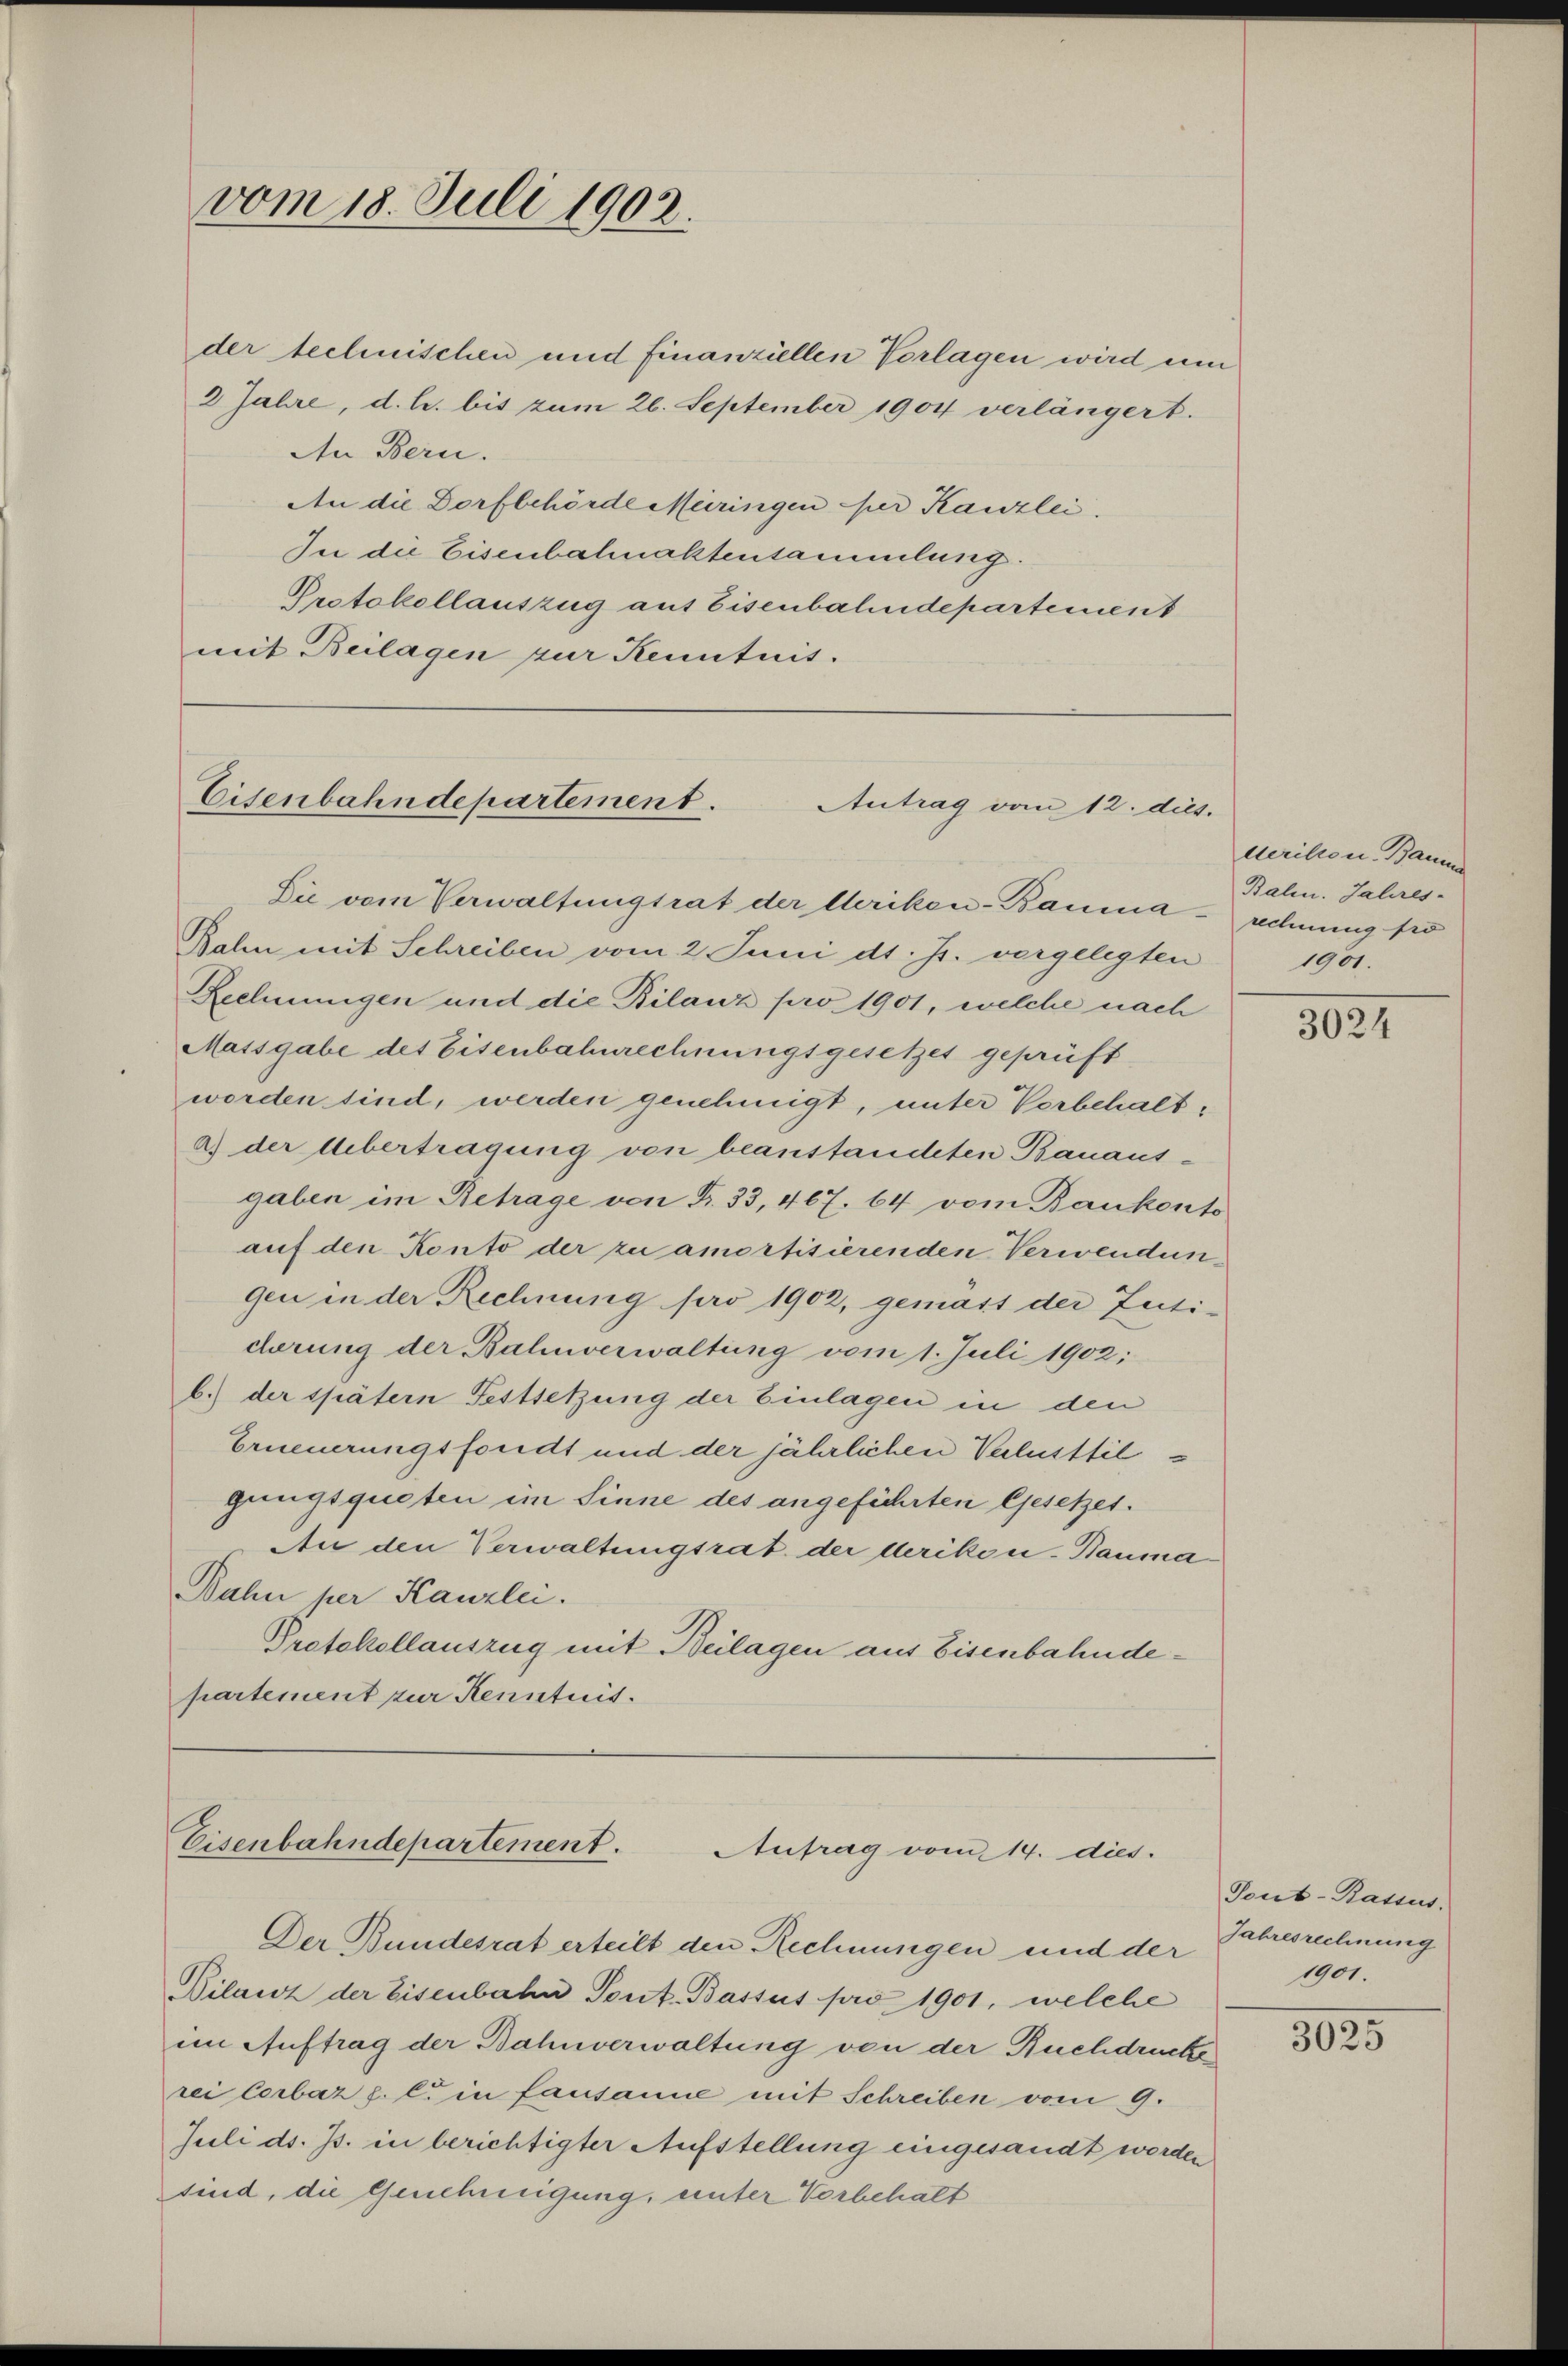
vom 18. Juli 1902.

An Bern.
An die Dorfbehörde Meiringen der Kanzlei.
In die Eisenbahnaktensammlung.
Protokollauszug aus Eisenbahndepartement
mit Beilagen zur Kenntnis.

Eisenbahndepartement.
Antrag vom 12. dies
Die vom Verwaltungsrat der leriken-Bauma¬

der technischen und finanziellen Vorlagen wird um
2 Jahre, d. h. bis zum 26. September 1904 verlängert.

Bahen mit Schreiben vom 2. Juni d. Js. vorgelegten
Rechnungen und die Bilanz pro 1901, welche nach
Massgabe des Eisenbahnrechnungsgesetzes geprüft
worden sind, werden genehmigt, unter Verbehalta) der Übertragung von beanstandeten Bauaus-
gaben im Betrage von Fr. 33, 467. 64 vom Bankonto
auf den Konto der zu amortisierenden Verwendungen in der Rechnung pro 1902, gemass der Zuti-
cherung der Bahnverwaltung vom 1. Juli 1902:
b.) der spätern Festsetzung der Einlagen in den
Erneuerungsfondt und der jährlichen Verlusttilgnngsquoten im Sinne des angeführten Gesetzes.
An den Verwaltungsrat der triken. Bauma¬
Bahn per Kanzlei.
Protokollauszug mit Beilagen aus Eisenbahndepartement zur Kenntnis.

Eisenbahndepartement.
Anfrag vom 14. dies.
Der Bundesrat erteilt den Rechnungen und der Schresrechnung

Bilanz der Eisenbahn Tont. Bassus pro 1901, welche
im Auftrag der Bahnverwaltung von der Ruchdrucke
rei Cerbáz p. C. in fausanne mit Schreiben vom 9.
Juli d. Js. in berichtigter Aufstellung eingesandt werden
sind, die Genehmigung, unter Vorbehalt

merikon Baum
Bahn. Jahres-
rechnung pro
1901.

3024

Tout-Bassus.
1901.

3025